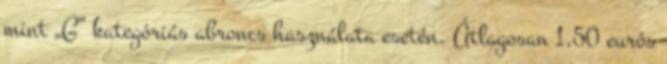
mint „G” kategóriás abroncs használata esetén. Átlagosan 1,50 eurós